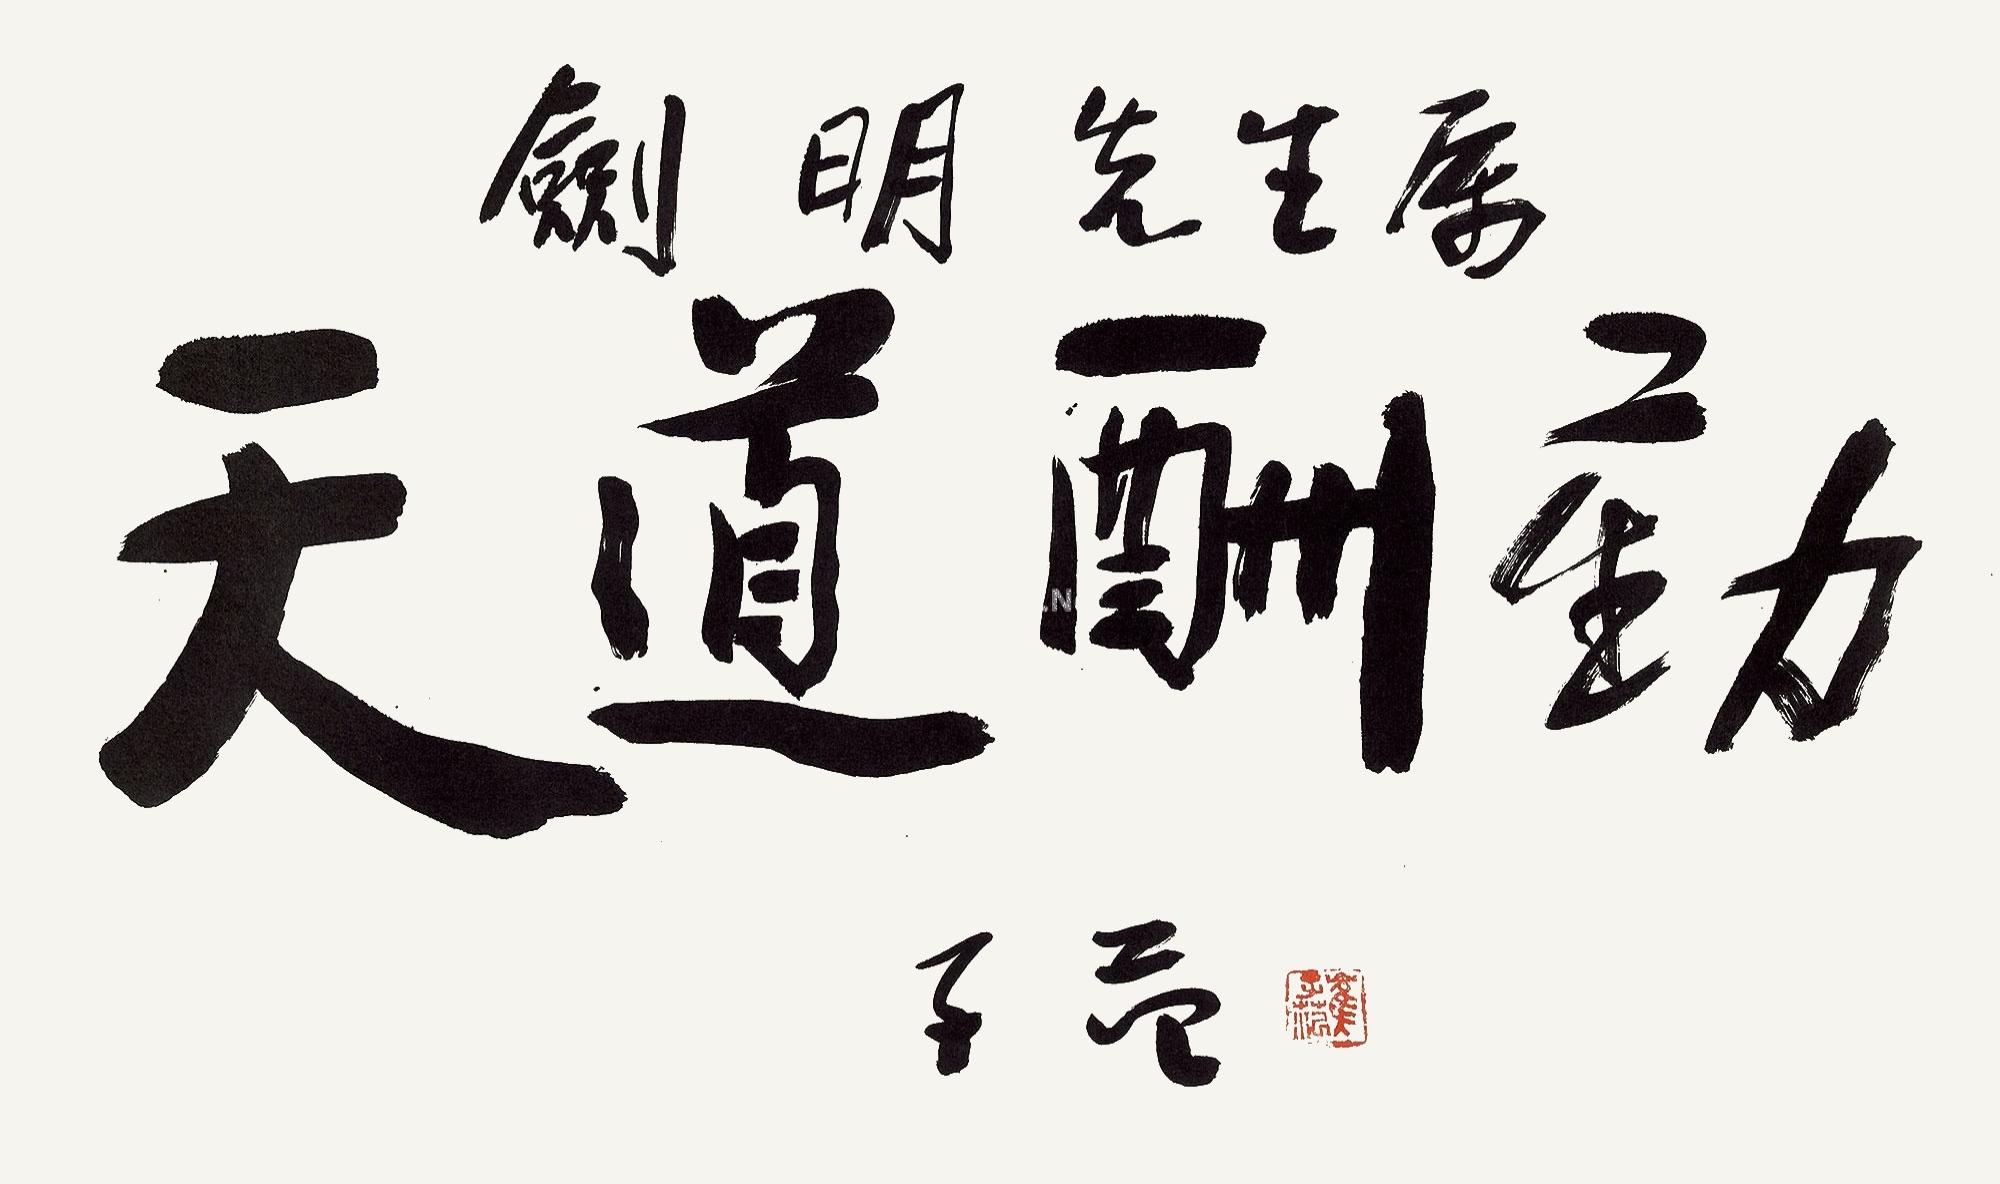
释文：天道酬勤。剑明先生属。子范。